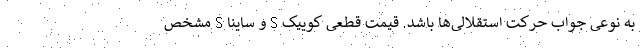
به نوعی جواب حرکت استقلالی‌ها باشد. قیمت قطعی کوییک S و ساینا S مشخص